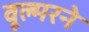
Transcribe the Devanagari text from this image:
वूल्मरने